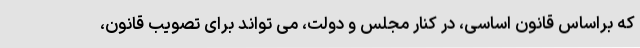
که براساس قانون اساسی، در کنار مجلس و دولت، می تواند برای تصویب قانون،